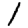
Digit: 1